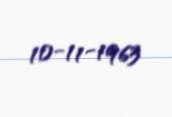
10-11-1963